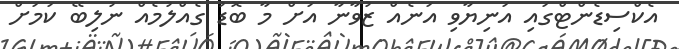
އެކްސިޑެންޓްގައި އަނިޔާވި އަނެއް ޒުވާނާ އަށް މާ ބޮޑު ގެއްލުމެއް ނުލިބޭ ކަމަށް